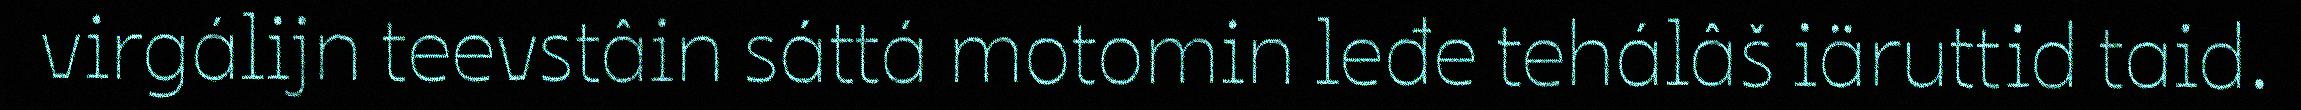
virgálijn teevstâin sáttá motomin leđe tehálâš iäruttid taid.